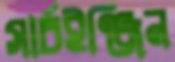
সার্চইঞ্জিন